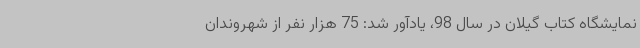
نمایشگاه کتاب گیلان در سال 98، یادآور شد: 75 هزار نفر از شهروندان